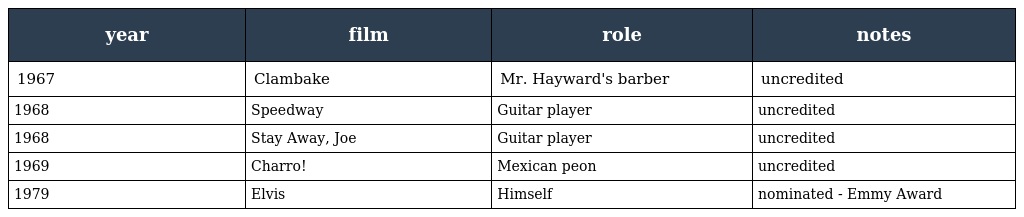
| year | film | role | notes |
 | --- | --- | --- | --- |
 | 1967 | Clambake | Mr. Hayward's barber | uncredited |
 | 1968 | Speedway | Guitar player | uncredited |
 | 1968 | Stay Away, Joe | Guitar player | uncredited |
 | 1969 | Charro! | Mexican peon | uncredited |
 | 1979 | Elvis | Himself | nominated - Emmy Award |